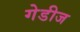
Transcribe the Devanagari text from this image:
गेडीज